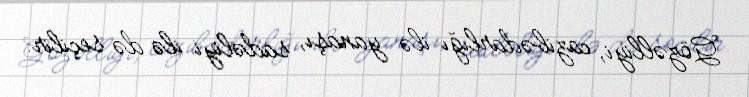
Gözəlliyi, cazibədarlığı ilə yanaşı, sadəliyi ilə də seçilir.